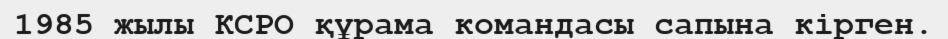
1985 жылы КСРО құрама командасы сапына кірген.